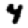
Digit: 4